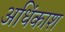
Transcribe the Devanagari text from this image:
अधिंकाश